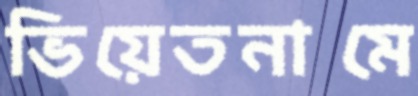
ভিয়েতনামে